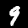
Label: 9